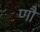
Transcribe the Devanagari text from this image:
णौं